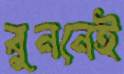
বুননেই